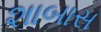
શાબાસ